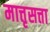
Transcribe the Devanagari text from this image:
मात्तृसत्ता